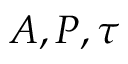
A , P , \tau